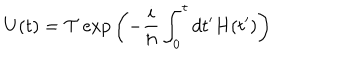
U ( t ) = { \cal T } \exp { \left( - \frac { i } { \hbar } \int _ { 0 } ^ { t } d t ^ { \prime } H ( t ^ { \prime } ) \right) }